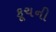
કૂચની